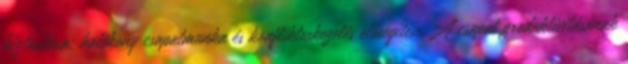
biztosítása: hatékony csapatmunka és konfliktuskezelés elősegítése A csapat produktivitásának